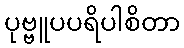
ပုဗ္ဗူပပရိပါစိတာ